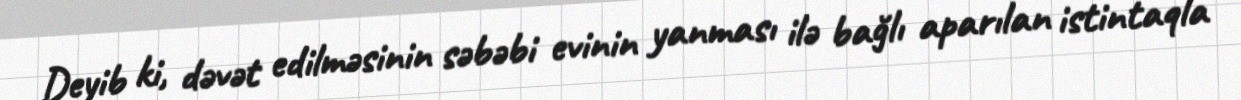
Deyib ki, dəvət edilməsinin səbəbi evinin yanması ilə bağlı aparılan istintaqla